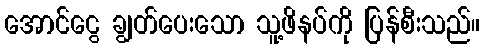
အောင်ငွေ ချွတ်ပေးသော သူ့ဖိနပ်ကို ပြန်စီးသည်။